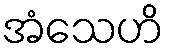
အံသေဟိ